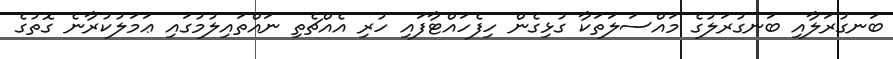
ބަނގުރަލާއި ބަނގުރަލުގެ މައްސަލަތަކާ ގުޅިގެން ހިފެހައްޓާފައި ހުރި އެއްޗެތި ނައްތައިލުމުގައި ޢަމަލުކުރާނެ ގޮތުގެ